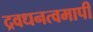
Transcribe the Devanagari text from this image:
द्रवधनत्वमापी